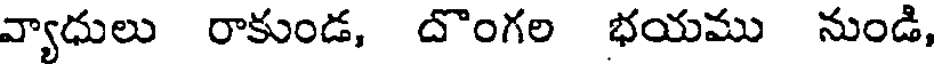
వ్యాధులు రాకుండ, దొంగల భయము నుండి,